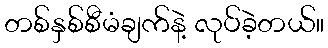
တစ်နှစ်စီမံချက်နဲ့ လုပ်ခဲ့တယ်။